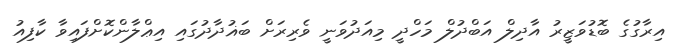
އިރާގުގެ ބޮޑުވަޒީރު އާދިލް އަބްދުލް މަހްދީ މިއަދުވަނީ ވެރިރަށް ބަޣުދާދުގައި އިޢްލާންކޮށްފައިވާ ކާފިއު